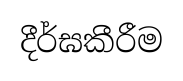
දීර්ඝකීරීම